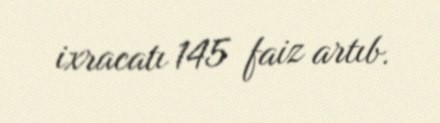
ixracatı 145 faiz artıb.